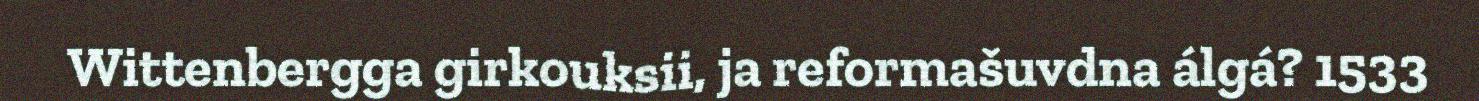
Wittenbergga girkouksii, ja reformašuvdna álgá? 1533